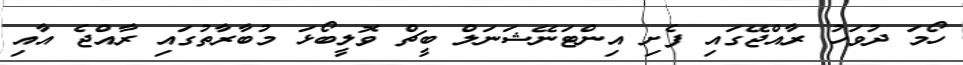
ހޯމަ ދުވަހު ރާއްޖޭގައި ފެށި އިންޓަނޭޝަނަލް ބީޗް ވޮލީބޯޅަ މުބާރާތުގައި ރާއްޖެ އާއި